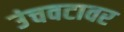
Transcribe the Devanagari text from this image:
उंचवटावर